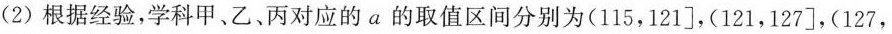
(2)根据经验，学科甲、乙、丙对应的a的取值区间分别为(115，121]，(121，127]，(127，